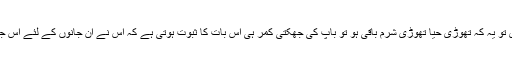
اور اس سے زیادہ ضروری تو یہ کہ تھوڑی حیا تھوڑی شرم باقی ہو تو باپ کی جھکتی کمر ہی اس بات کا ثبوت ہوتی ہے کہ اس نے ان جانوں کے لئے اس جان پر کتنے عذاب جھیلے ۔